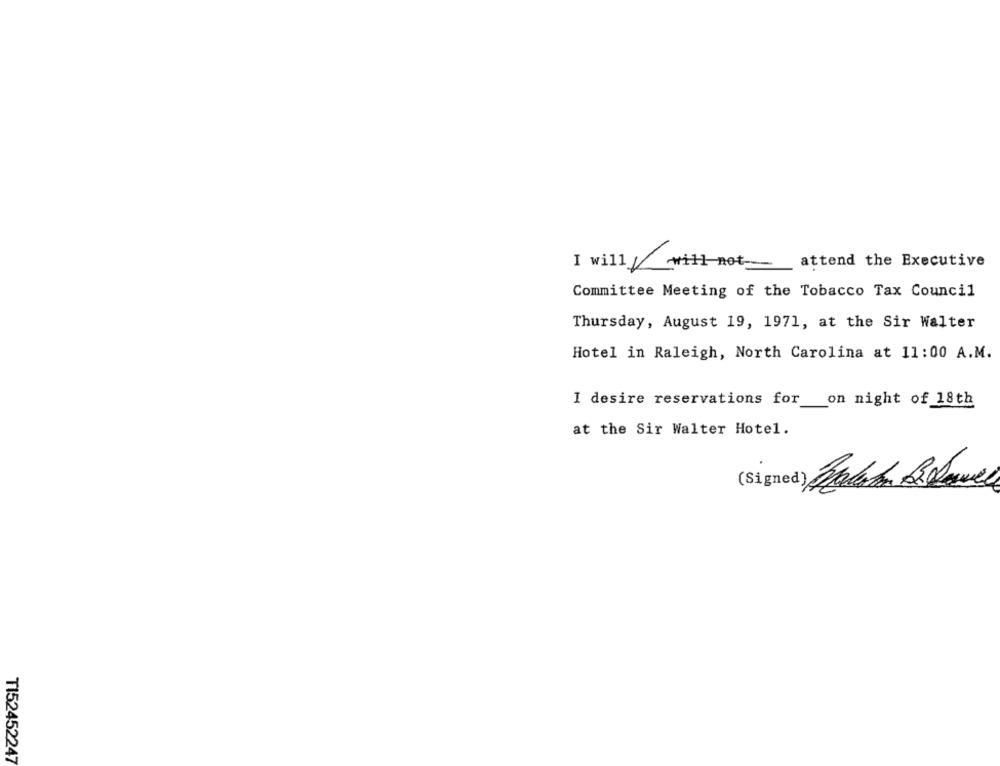
I will/will not attend the Executive
Committee Meeting of the Tobacco Tax Council
Thursday, August 19, 1971, at the Sir Walter
Hotel in Raleigh, North Carolina at 11:00 A.M.
I desire reservations for __ on night of 18th
at the Sir Walter Hotel.
(Signed) Batendo Billowe
TI52452247